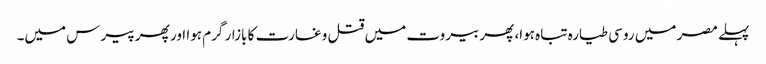
پہلے مصر میں روسی طیارہ تباہ ہوا، پھر بیروت میں قتل و غارت کا بازار گرم ہوا اور پھر پیرس میں۔